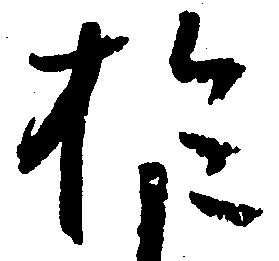
於